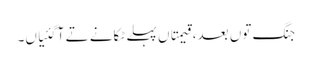
جنگ توں بعد، قیمتاں پہلے ٹکانے تے آ گئیاں۔